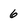
Character: 6